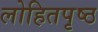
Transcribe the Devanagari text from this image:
लोहितपृष्ठ